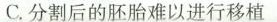
C.分割后的胚胎难以进行移植